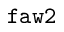
\tt f a w 2